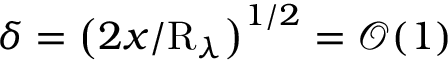
\delta = \left( 2 x / \mathrm { R } _ { \lambda } \right) ^ { 1 / 2 } = \mathcal { O } ( 1 )